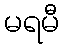
မရမီ